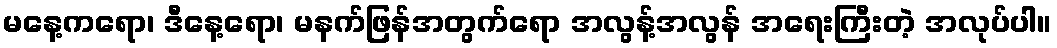
မနေ့ကရော၊ ဒီနေ့ရော၊ မနက်ဖြန်အတွက်ရော အလွန့်အလွန် အရေးကြီးတဲ့ အလုပ်ပါ။